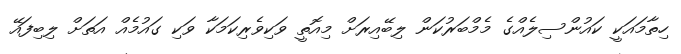
ހިތާމައަކީ ކައުންސިލެއްގެ މެމްބަރުކަން ލިބޭއިރަށް މިއޮތީ ވަކިވެރިކަމަކާ ވަކި ގައުމެއް އަތަށް ލިބިފައޭ